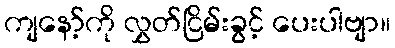
ကျနော့်ကို လွှတ်ငြိမ်းခွင့် ပေးပါဗျာ။